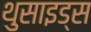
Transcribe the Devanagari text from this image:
थुसाइड्स